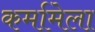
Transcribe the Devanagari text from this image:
कर्मामेला